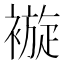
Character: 𧜽